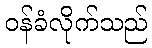
ဝန်ခံလိုက်သည်